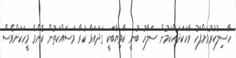
ހާސިލުކުރުމަށްފަހު ވާހަކަދައްކަމުން ސަލާހު ބުނީ ކާމިޔާބަކީ ގަދައަޅާ ކުރާ މަސައްކަތުން ކޮންމެ މީހަކަށްވެސް